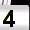
Digit: 4